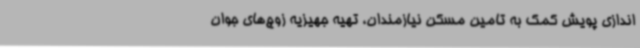
اندازی پویش کمک به تامین مسکن نیازمندان، تهیه جهیزیه زوج‌های جوان